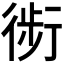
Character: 𰳬